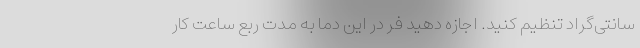
سانتی‌گراد تنظیم کنید. اجازه دهید فر در این دما به مدت ربع ساعت کار